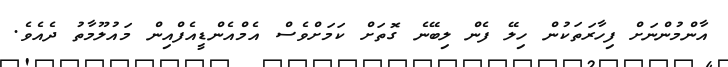
އާންމުންނަށް ފިހާރަތަކުން ހިލޭ ފެން ލިބޭނެ ގޮތަށް ކަމަށްވެސް އެމްއެންޑީއެފްއިން މައުލޫމާތު ދެއެވެ.